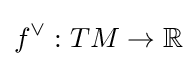
f^{\vee }:TM\rightarrow \mathbb {R}